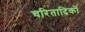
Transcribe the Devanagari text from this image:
चरितादिकों